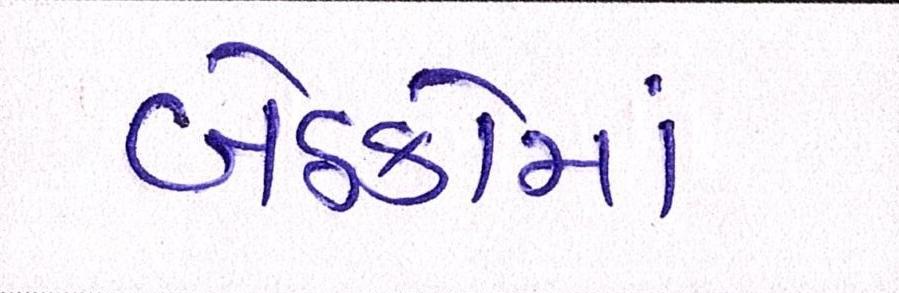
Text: બેઠકોમાં